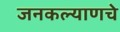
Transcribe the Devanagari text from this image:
जनकल्याणचे